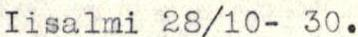
Iisalmi 28/10-30.